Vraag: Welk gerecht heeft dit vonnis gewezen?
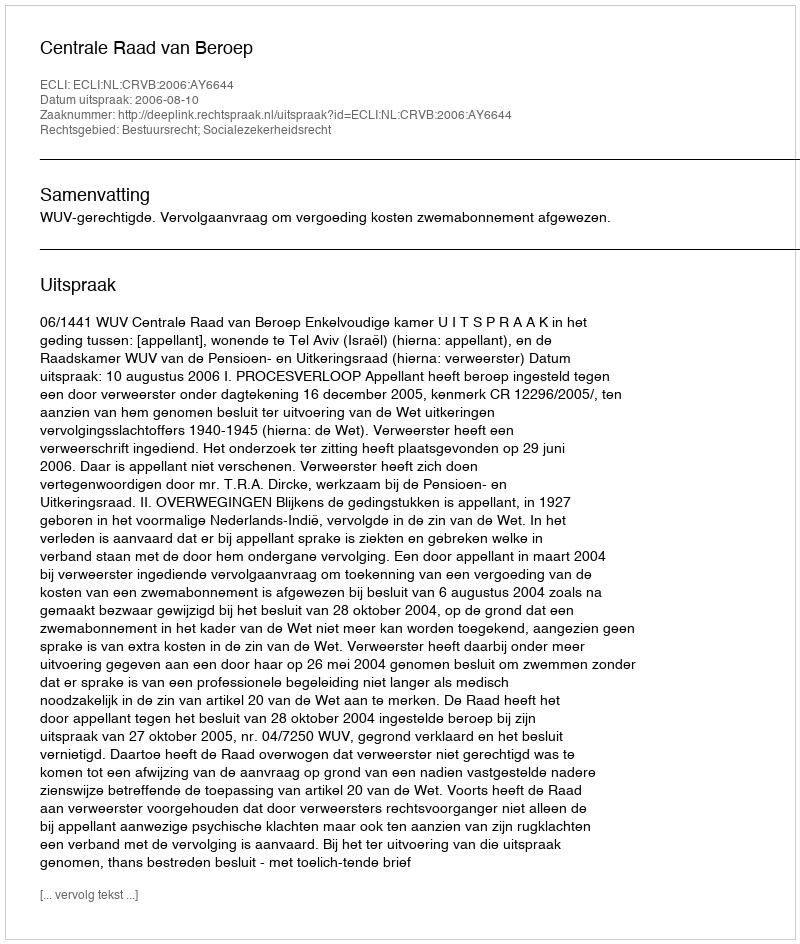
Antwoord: Centrale Raad van Beroep